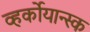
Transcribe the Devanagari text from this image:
व्हर्कोयान्स्क